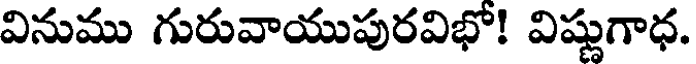
వినుము గురువాయుపురవిభో! విష్ణుగాధ.